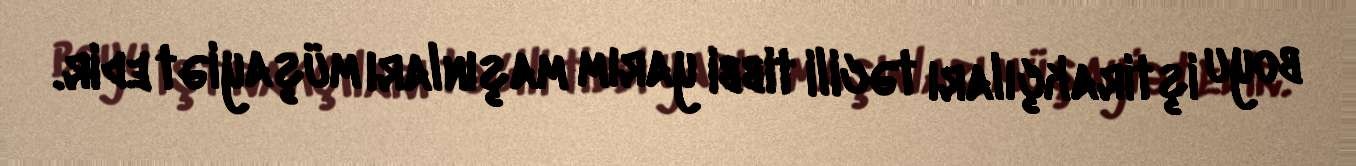
boyu iştirakçıları təcili tibbi yarım maşınları müşayiət edir.